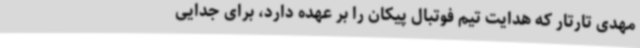
مهدی تارتار که هدایت تیم فوتبال پیکان را بر عهده دارد، برای جدایی